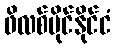
ဖိလစ်ပိုင်နိုင်ငံ